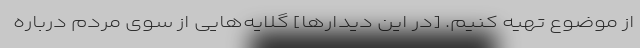
از موضوع تهیه کنیم. [در این دیدارها] گلایه‌هایی از سوی مردم درباره